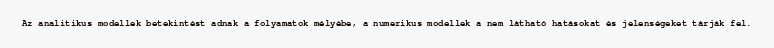
Az analitikus modellek betekintést adnak a folyamatok mélyébe, a numerikus modellek a nem látható hatásokat és jelenségeket tárják fel.